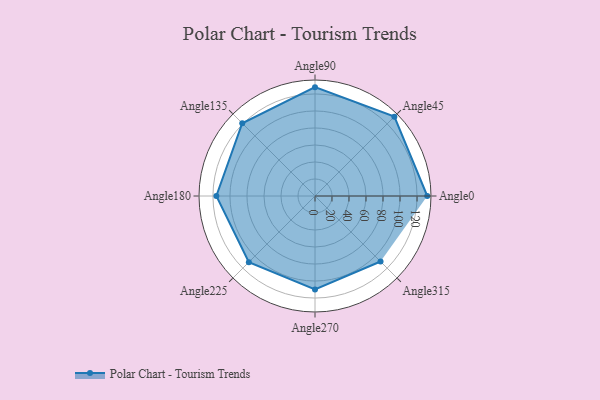
{"axis": {"x": "Angle", "y": "Radius"}, "legend": [""], "data": [{"x": "Angle0", "y": 132.0, "type": ""}, {"x": "Angle45", "y": 132.0, "type": ""}, {"x": "Angle90", "y": 128.0, "type": ""}, {"x": "Angle135", "y": 121.0, "type": ""}, {"x": "Angle180", "y": 116.0, "type": ""}, {"x": "Angle225", "y": 110.0, "type": ""}, {"x": "Angle270", "y": 110.0, "type": ""}, {"x": "Angle315", "y": 109.0, "type": ""}]}